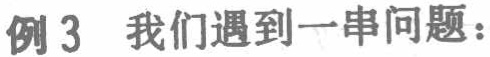
例3 我们遇到一串问题：